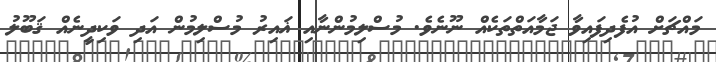
މައްޗަށް އުފެދިފައިވާ ޖަމާއަތްތަކެއް ނޫނެވެ. މުސްލިމުންނާއި ޣައިރު މުސްލިމުން އަދި ވަކިދީނެއް ޤަބޫލު